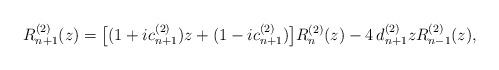
LaTeX: \begin{align*} R_{n+1}^{(2)}(z) = \big[(1+ic_{n+1}^{(2)})z + (1-ic_{n+1}^{(2)})\big] R_{n}^{(2)}(z) - 4\,d_{n+1}^{(2)} z R_{n-1}^{(2)}(z),\end{align*}